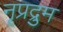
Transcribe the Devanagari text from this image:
नृप्रद्रुम